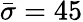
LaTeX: \bar{\sigma}=45